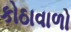
કોઠાવાળો